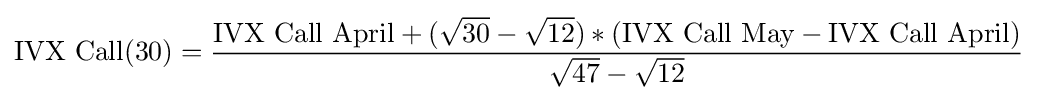
{\text{IVX Call}}(30)={\frac {{\text{IVX Call April}}+({\sqrt {30}}-{\sqrt {12}})\ast ({\text{IVX Call May}}-{\text{IVX Call April}})}{{\sqrt {47}}-{\sqrt {12}}}}